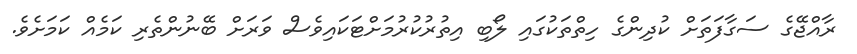
ރާއްޖޭގެ ސަގާފަތަށް ކުދިންގެ ހިތްތަކުގައި ލޯބި އިތުރުކުރުމަށްޓަކައިވެސް ވަރަށް ބޭނުންތެރި ކަމެއް ކަމަށެވެ.